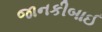
જાનકીબાઈ